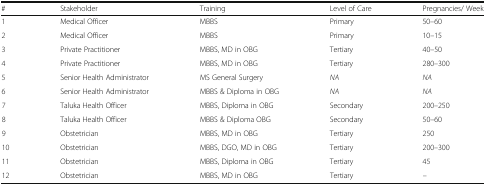
| # | Stakeholder | Training | Level of Care | Pregnancies/ Week |
 | --- | --- | --- | --- | --- |
 | 1 | Medical Officer | MBBS | Primary | 50–60 |
 | 2 | Medical Officer | MBBS | Primary | 10–15 |
 | 3 | Private Practitioner | MBBS, MD in OBG | Tertiary | 40–50 |
 | 4 | Private Practitioner | MBBS, MD in OBG | Tertiary | 280–300 |
 | 5 | Senior Health Administrator | MS General Surgery | NA | NA |
 | 6 | Senior Health Administrator | MBBS & Diploma in OBG | NA | NA |
 | 7 | Taluka Health Officer | MBBS, Diploma in OBG | Secondary | 200–250 |
 | 8 | Taluka Health Officer | MBBS & Diploma OBG | Secondary | 50–60 |
 | 9 | Obstetrician | MBBS, MD in OBG | Tertiary | 250 |
 | 10 | Obstetrician | MBBS, DGO, MD in OBG | Tertiary | 200–300 |
 | 11 | Obstetrician | MBBS, Diploma in OBG | Tertiary | 45 |
 | 12 | Obstetrician | MBBS, MD in OBG | Tertiary | – |